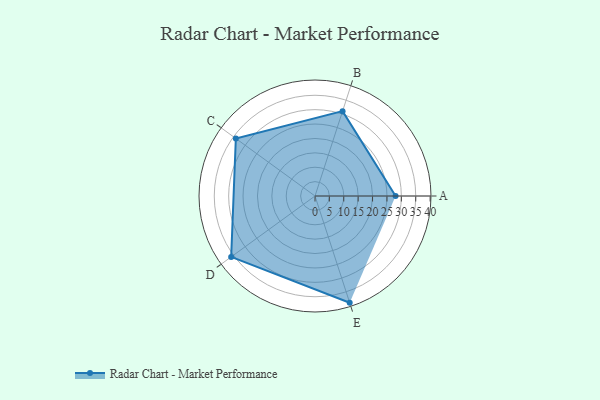
{"axis": {"x": "Skill", "y": "Score"}, "legend": ["Profile"], "data": [{"x": "A", "y": 28.0, "type": "Profile"}, {"x": "B", "y": 31.0, "type": "Profile"}, {"x": "C", "y": 34.0, "type": "Profile"}, {"x": "D", "y": 36.0, "type": "Profile"}, {"x": "E", "y": 39.0, "type": "Profile"}]}